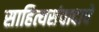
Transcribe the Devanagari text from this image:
साहित्यसंवादाचे